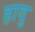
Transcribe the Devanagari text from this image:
हादु